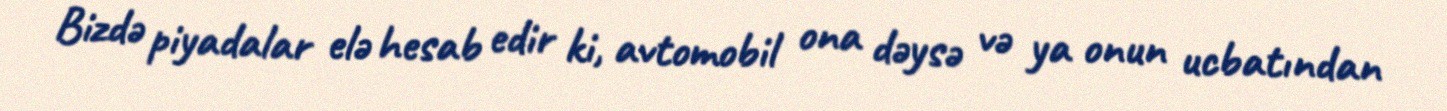
Bizdə piyadalar elə hesab edir ki, avtomobil ona dəysə və ya onun ucbatından